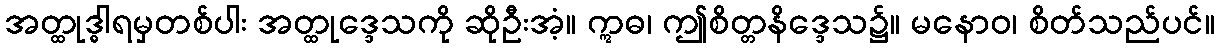
အတ္ထုဒ္ဓါရမှတစ်ပါး အတ္ထုဒ္ဒေသကို ဆိုဦးအံ့။ ဣဓ၊ ဤစိတ္တနိဒ္ဒေသ၌။ မနောဝ၊ စိတ်သည်ပင်။